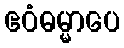
ဧဝံဓမ္မာပေ